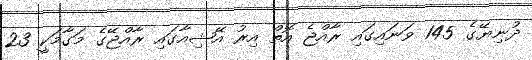
ދުނިޔޭގެ 145 ވަނައިގައި ރާއްޖެ އޮތް އިރު އޭޝިއާގައި ރާއްޖޭގެ މަގާމަކީ 23